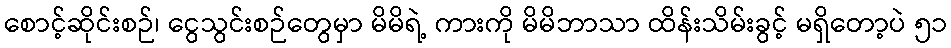
စောင့်ဆိုင်းစဉ်၊ ငွေသွင်းစဉ်တွေမှာ မိမိရဲ့ ကားကို မိမိဘာသာ ထိန်းသိမ်းခွင့် မရှိတော့ပဲ ၅၁